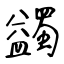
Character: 蠲